Calcutta medical institutions reports 1871-78
Year: 1871
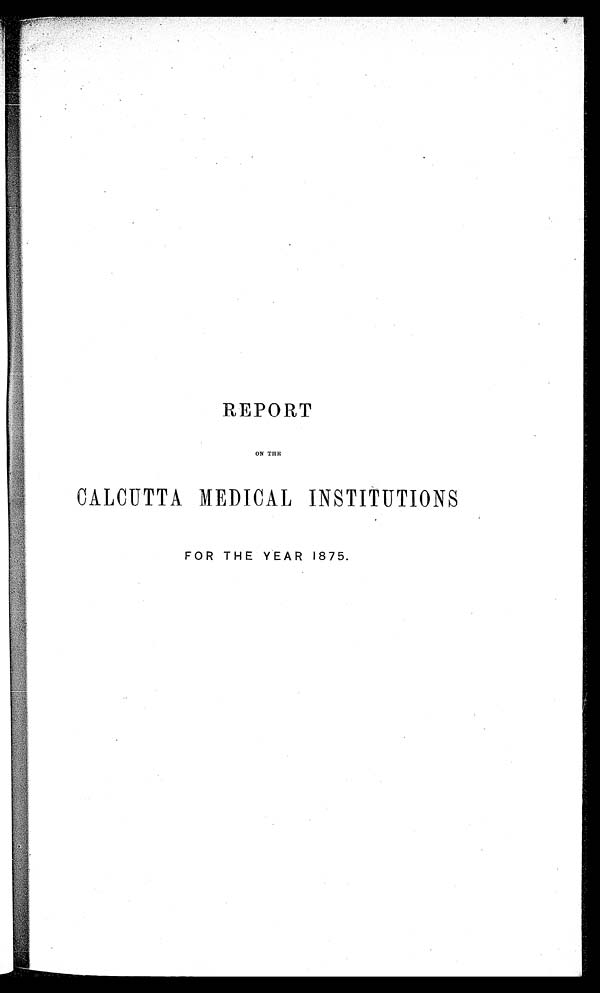
REPORT
ON THE
CALCUTTA MEDICAL INSTITUTIONS
FOR THE YEAR 1875.